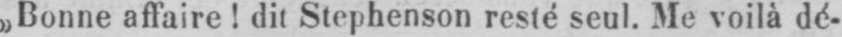
»Bonne affaire! dit Stephenson resté seul. Me voilà dé-